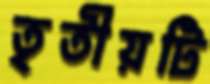
তৃতীয়টি